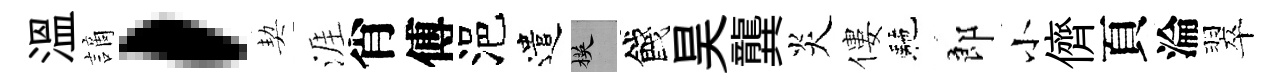
溫謫，契涯肖傅浥遣楧餞昊龔炎僂駰郎小儕頁淪翠